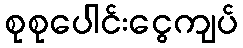
စုစုပေါင်းငွေကျပ်